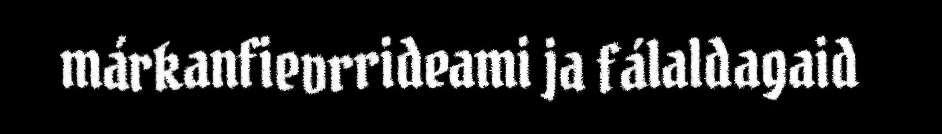
márkanfievrrideami ja fálaldagaid